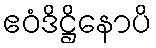
ဧဝံဒိဋ္ဌိနောပိ